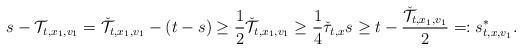
LaTeX: \begin{align*} s - \mathcal T_{t,x_1,v_1} = \check{\mathcal T}_{t,x_1,v_1} - (t-s) \geq \frac 1 2 \check{\mathcal T}_{t,x_1,v_1} \geq \frac 1 4 \check \tau_{t,x} s \geq t - \frac{\check{\mathcal T}_{t,x_1,v_1}} 2 =: s^\ast_{t,x,v_1}. \end{align*}